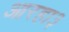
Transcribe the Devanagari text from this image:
आरहा३